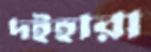
দইহারা